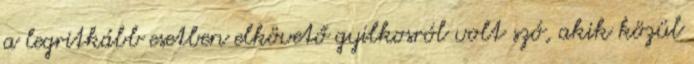
a legritkább esetben elkövető gyilkosról volt szó, akik közül